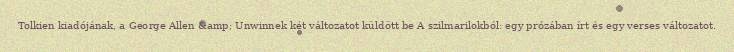
Tolkien kiadójának, a George Allen &amp; Unwinnek két változatot küldött be A szilmarilokból: egy prózában írt és egy verses változatot.